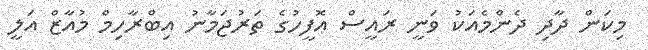
މިކަން ދާދި ދެންމެއަކު ވަނީ ރައީސް އޮފީހުގެ ތަރުޖަމާނު އިބްރާހިމް މުއާޒް އަލީ